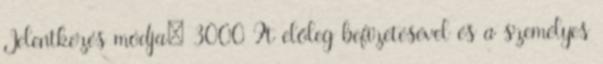
Jelentkezés módja: 3000 Ft előleg befizetésével és a személyes